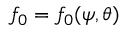
f _ { 0 } = f _ { 0 } ( \psi , \theta )